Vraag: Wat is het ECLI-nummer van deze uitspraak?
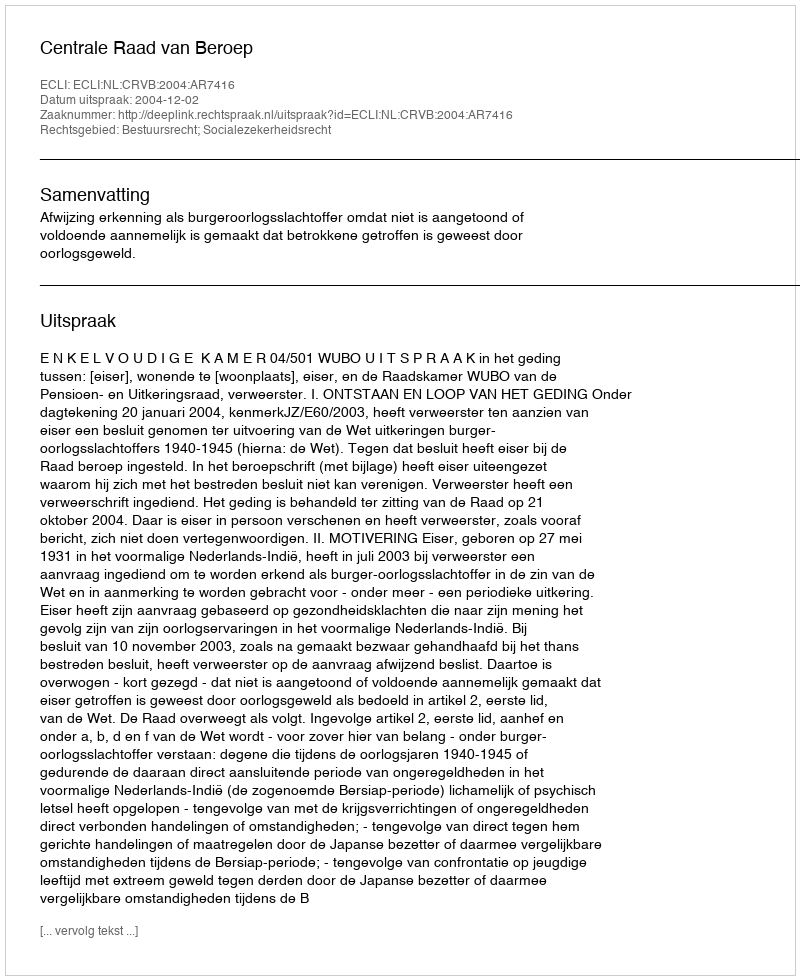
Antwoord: ECLI:NL:CRVB:2004:AR7416